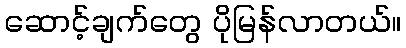
ဆောင့်ချက်တွေ ပိုမြန်လာတယ်။